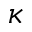
\kappa